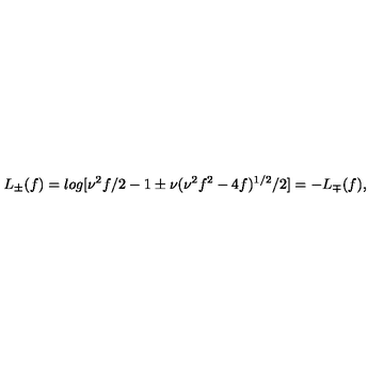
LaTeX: L _ { \pm } ( f ) = l o g [ \nu ^ { 2 } f / 2 - 1 \pm \nu ( \nu ^ { 2 } f ^ { 2 } - 4 f ) ^ { 1 / 2 } / 2 ] = - L _ { \mp } ( f ) ,